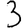
Digit: 3